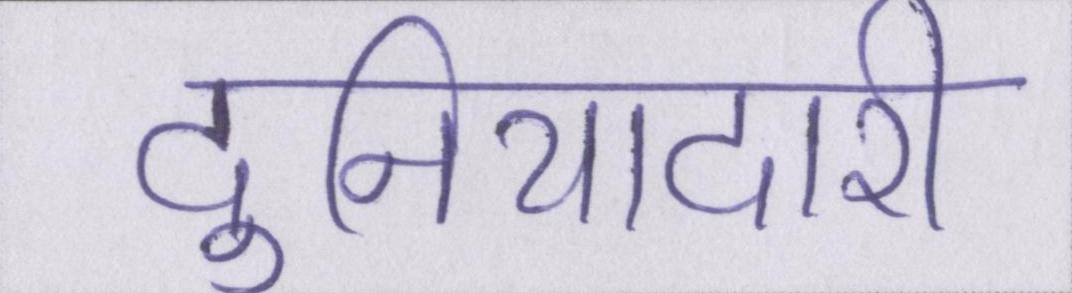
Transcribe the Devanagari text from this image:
दुनियादारी